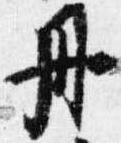
丹